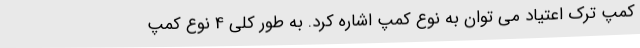
کمپ ترک اعتیاد می توان به نوع کمپ اشاره کرد. به طور کلی 4 نوع کمپ